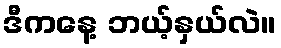
ဒီကနေ့ ဘယ့်နှယ်လဲ။